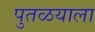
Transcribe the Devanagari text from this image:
पुतळयाला